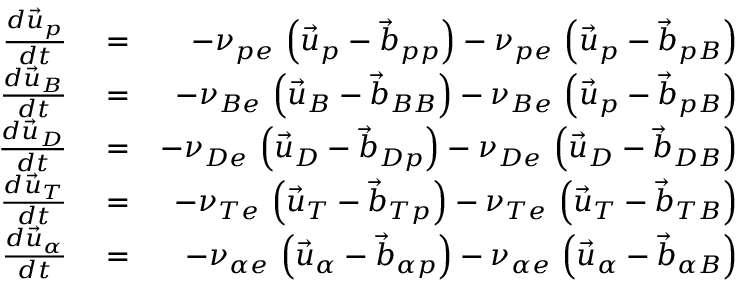
\begin{array} { r l r } { \frac { d \vec { u } _ { p } } { d t } } & { { } = } & { - \nu _ { p e } \, \left( \vec { u } _ { p } - \vec { b } _ { p p } \right) - \nu _ { p e } \, \left( \vec { u } _ { p } - \vec { b } _ { p B } \right) } \\ { \frac { d \vec { u } _ { B } } { d t } } & { { } = } & { - \nu _ { B e } \, \left( \vec { u } _ { B } - \vec { b } _ { B B } \right) - \nu _ { B e } \, \left( \vec { u } _ { p } - \vec { b } _ { p B } \right) } \\ { \frac { d \vec { u } _ { D } } { d t } } & { { } = } & { - \nu _ { D e } \, \left( \vec { u } _ { D } - \vec { b } _ { D p } \right) - \nu _ { D e } \, \left( \vec { u } _ { D } - \vec { b } _ { D B } \right) } \\ { \frac { d \vec { u } _ { T } } { d t } } & { { } = } & { - \nu _ { T e } \, \left( \vec { u } _ { T } - \vec { b } _ { T p } \right) - \nu _ { T e } \, \left( \vec { u } _ { T } - \vec { b } _ { T B } \right) } \\ { \frac { d \vec { u } _ { \alpha } } { d t } } & { { } = } & { - \nu _ { \alpha e } \, \left( \vec { u } _ { \alpha } - \vec { b } _ { \alpha p } \right) - \nu _ { \alpha e } \, \left( \vec { u } _ { \alpha } - \vec { b } _ { \alpha B } \right) } \end{array}